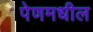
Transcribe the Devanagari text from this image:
पेणमधील